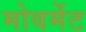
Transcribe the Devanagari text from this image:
मोवमेंट